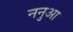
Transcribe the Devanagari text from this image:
ननुआ